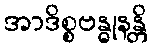
အာဒိစ္စဗန္ဓုနန္တိ